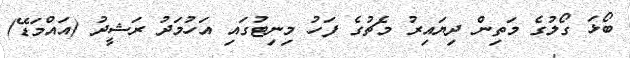
ބޯޅަ ގޯލުގެ މަތިން ދިޔައިރު މެޗުގެ ފަހު މިނިޓުގައި އަހުމަދު ރަޝީދު (އައްމަޑޭ)